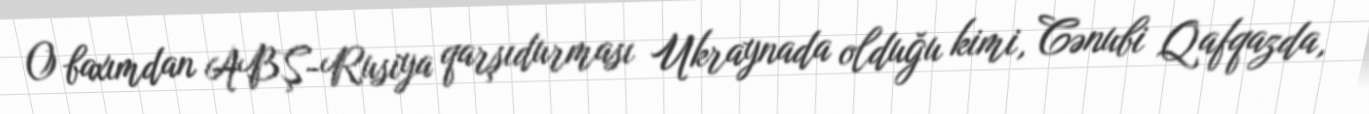
O baxımdan ABŞ-Rusiya qarşıdurması Ukraynada olduğu kimi, Cənubi Qafqazda,